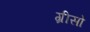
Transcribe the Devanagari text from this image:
ग्रीसो